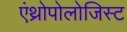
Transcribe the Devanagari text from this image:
एंथ्रोपोलोजिस्ट